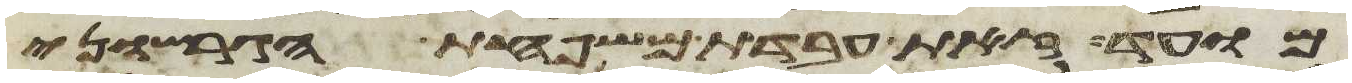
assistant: מועד זאת עבדת משפחת הגרשוני